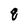
Character: q